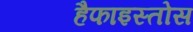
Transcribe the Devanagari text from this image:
हैफाइस्तोस